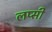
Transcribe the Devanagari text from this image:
लप्सी